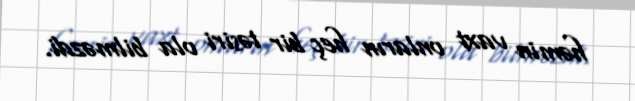
həmin vaxt onların heç bir təsiri ola bilməzdi.